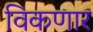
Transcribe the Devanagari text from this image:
विकणार